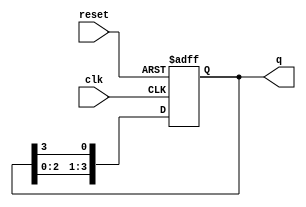
module ring_counter (
    input wire clk,        // Clock signal
    input wire reset,      // Asynchronous reset signal
    output reg [N-1:0] q   // Output state of the counter
);
    parameter N = 4;       // Number of flip-flops (bits in the ring counter)

    // Initial state
    initial begin
        q = 1'b1;          // Initialize the counter to 0001
    end

    // Synchronous process
    always @(posedge clk or posedge reset) begin
        if (reset) begin
            q <= 1'b1;      // Reset the counter to 0001
        end else begin
            q <= {q[N-2:0], q[N-1]}; // Shift left and wrap around
        end
    end
endmodule